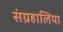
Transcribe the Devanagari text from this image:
संग्रहालिया